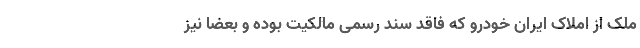
ملک از املاک ایران خودرو که فاقد سند رسمی مالکیت بوده و بعضاً نیز